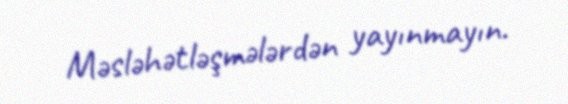
Məsləhətləşmələrdən yayınmayın.